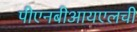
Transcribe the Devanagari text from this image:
पीएनबीआयएलची